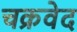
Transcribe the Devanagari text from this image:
चक्रवेद